Civil Veterinary Dept. Bombay admin report 1932-41 - 1932-1941
Year: 1932
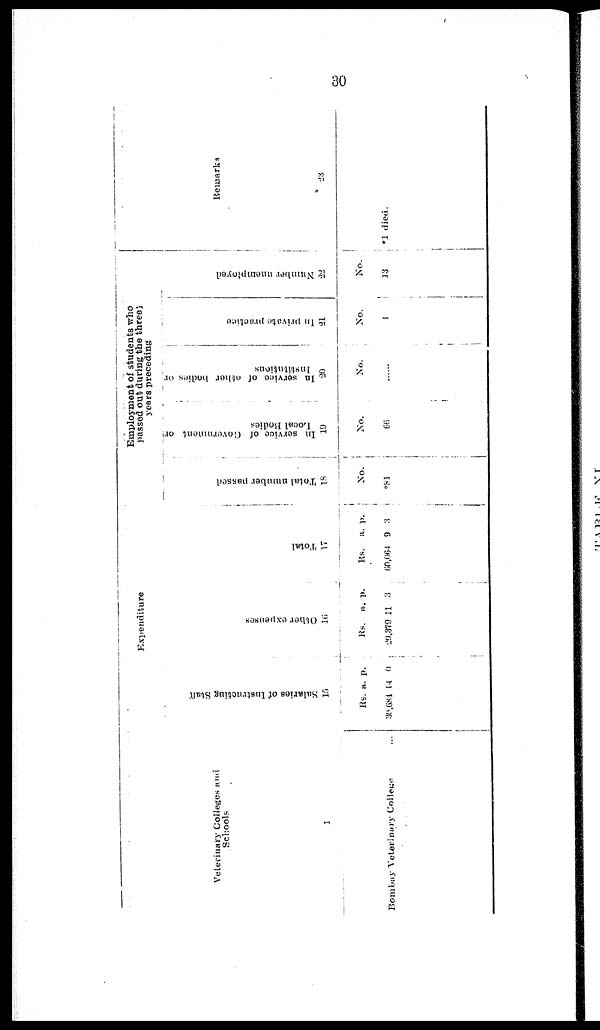
30
Veterinary Colleges and
Schools
1
Bombay Veterinary College ...
Expenditure.
Salaries of I ns t
r uct i
ng St af f
15
Rs.
30,68-1
a.
14
p.
0
Other expenses
16
Rs.
29,379
a.
11
p.
3
Tot al
17
Rs.
60,064
a.
9 3
p.
Total number passed
18
No.
*81
Employment of students who
passed out during the threes
years preceding
In service of Government or
Local Bodies
19
No.
66
In service of other bodies or
Institutions
20
No.
......
In private practice
21
No.
1
Nu mb e r unemployed
22
No.
13
Remarks
23
*1 died.